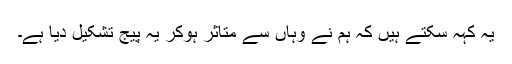
یہ کہہ سکتے ہیں کہ ہم نے وہاں سے متاثر ہوکر یہ پیج تشکیل دیا ہے۔